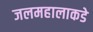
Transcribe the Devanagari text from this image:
जलमहालाकडे